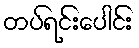
တပ်ရင်းပေါင်း